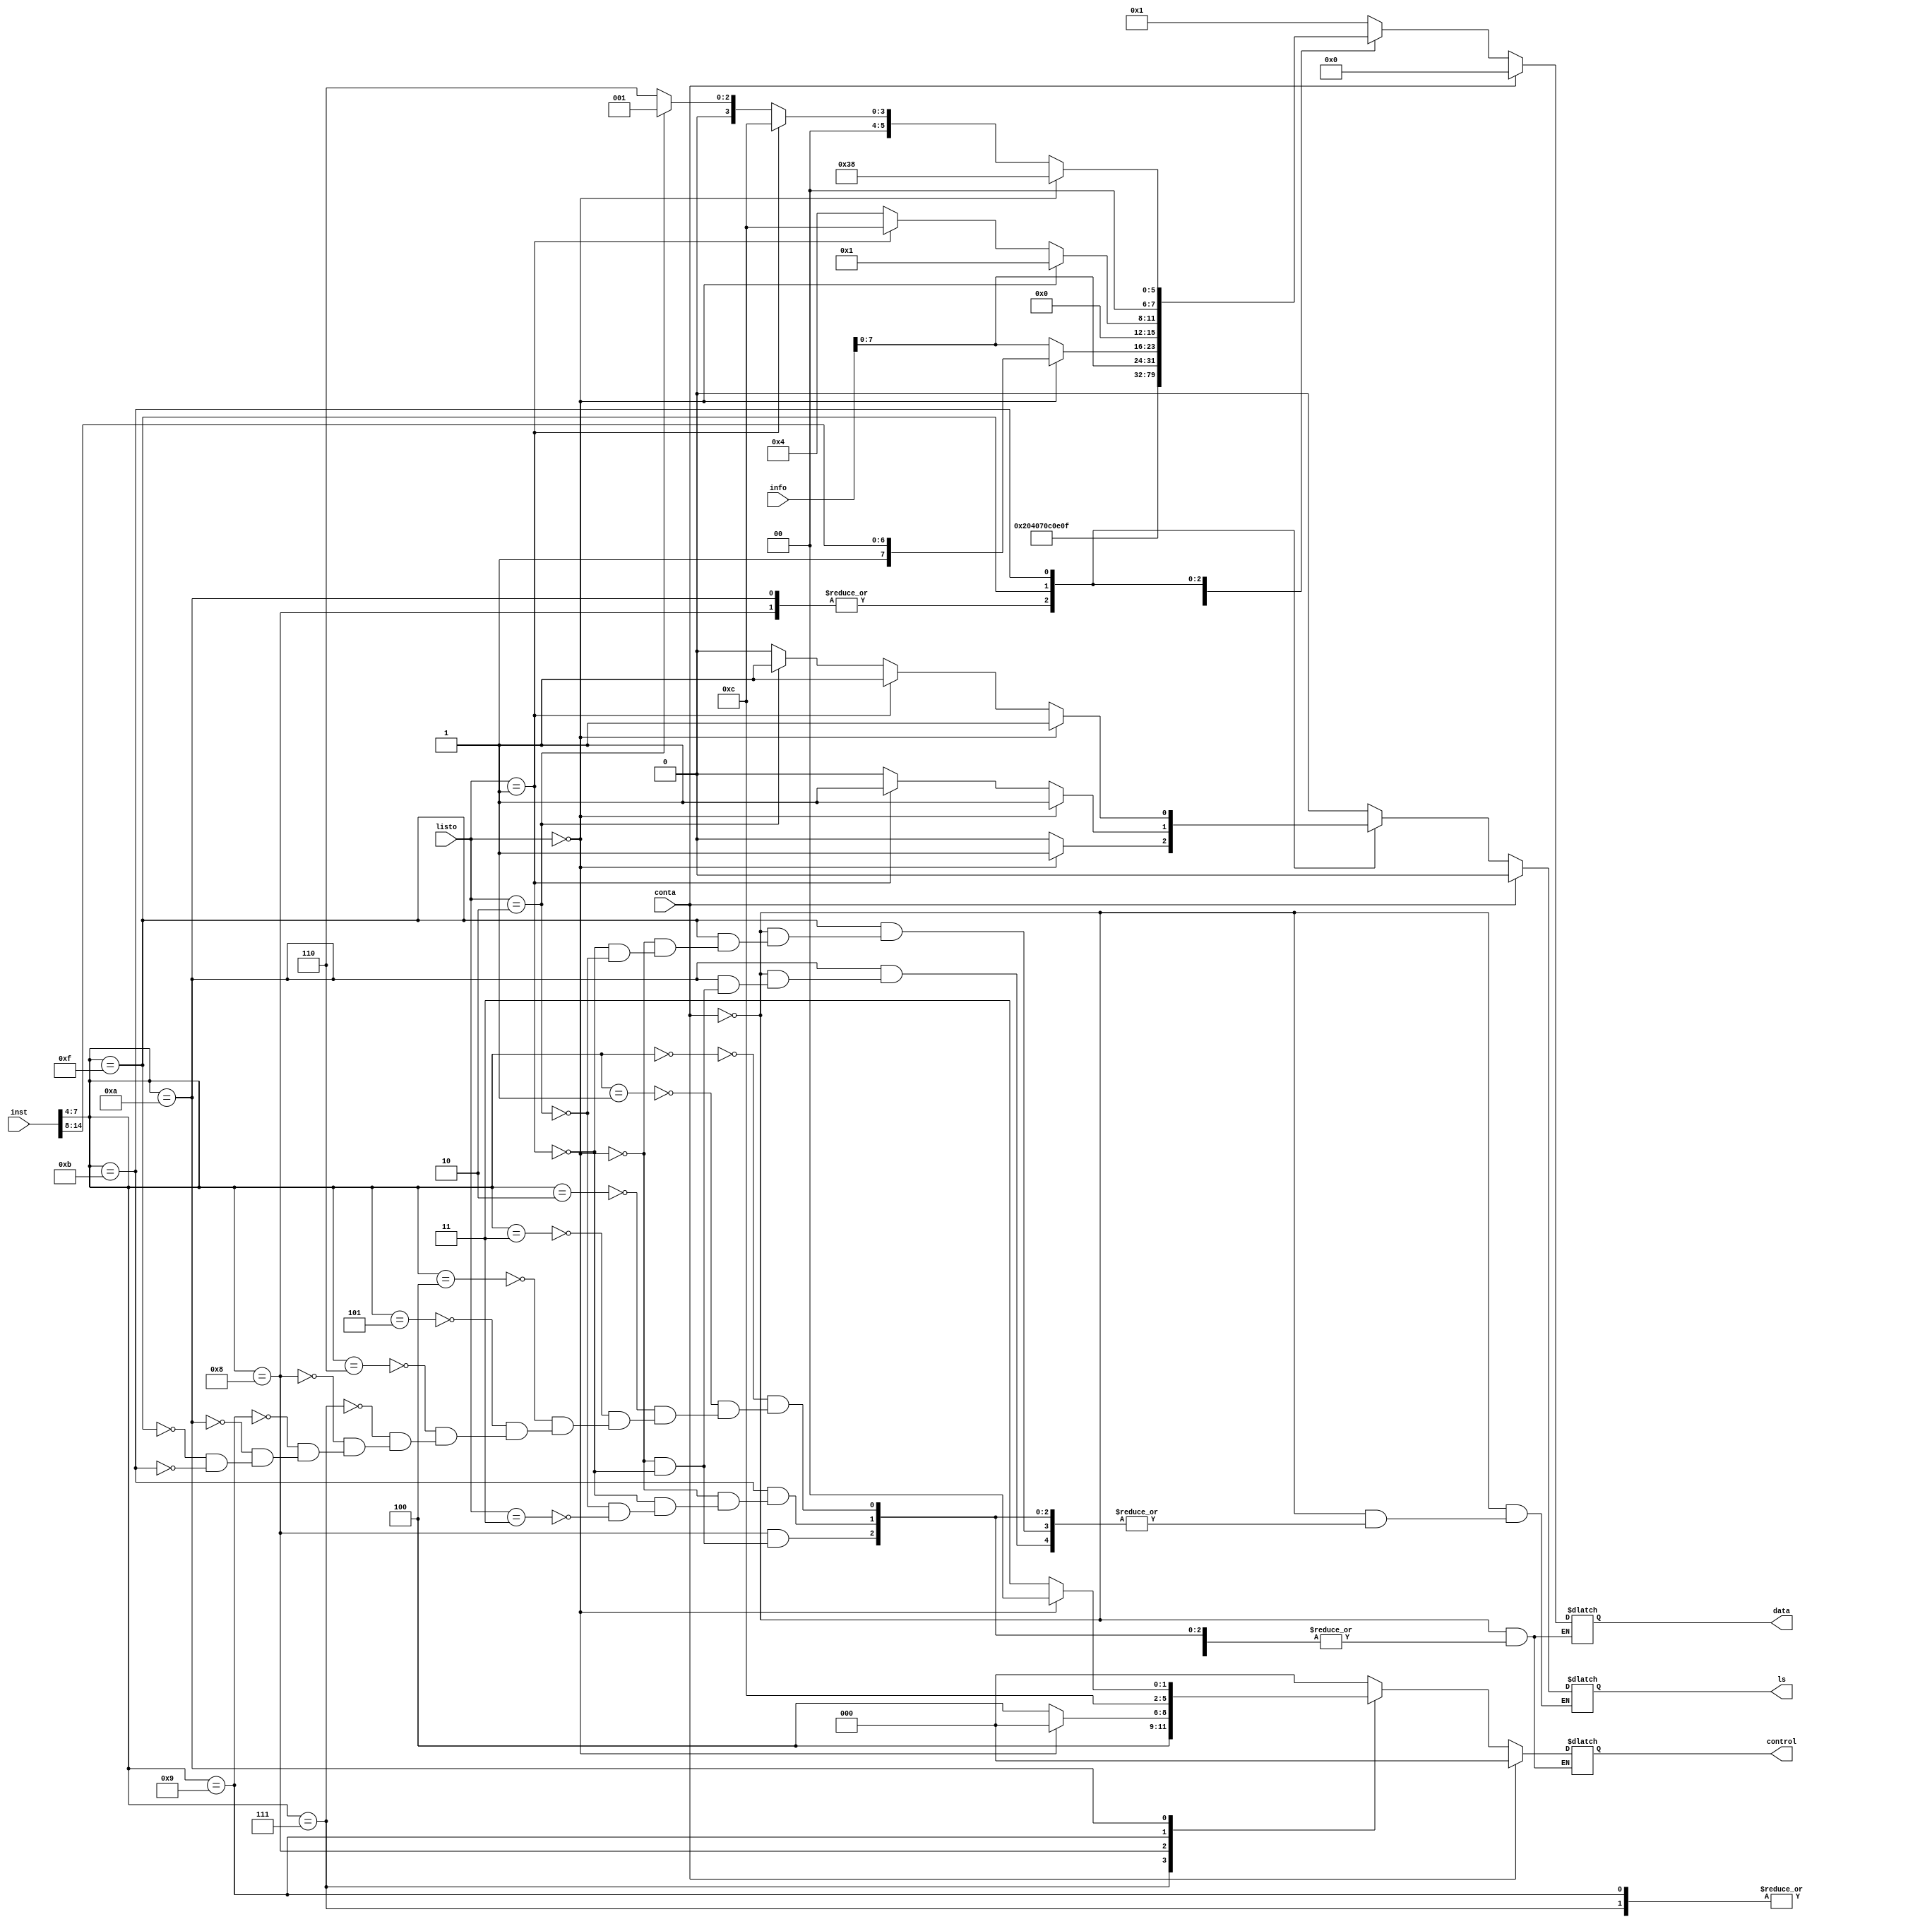
`timescale 1ns / 1ps
//////////////////////////////////////////////////////////////////////////////////
// Company: 
// Engineer: 
// 
// Design Name: 
// Module Name: Traductor
// Project Name: 
// Target Devices: 
// Tool Versions: 
// Description: 
// 
// Dependencies: 
// 
// Revision:
// Revision 0.01 - File Created
// Additional Comments:
// 
//////////////////////////////////////////////////////////////////////////////////


module Traductor(
input [31:0]inst,
input  conta,
input [31:0]info,
output reg [7:0] data,
output reg [2:0]control,
input  [1:0] listo,
output reg ls
    );

reg [7:0] dir;
reg [7:0] display;
initial ls=0;

always @ (conta,inst, info,listo)

if (conta==0) begin 
  dir <= inst[14:8] ;
  dir[7] <= 1'b1 ;
  display <= info[7:0];
  case(inst[7:4])
    
    4'h0:begin
      data<=8'b00000001;
      control<=3'b000;
      ls<=0;//enable baja para ir a display
    end

    4'h1:begin
      data<=8'b00000010;
      control<=3'b000;
      ls<=0;
    end

    4'h2:begin
      data<=8'b00000100;
      control<=3'b000;
      ls<=0;
    end

    4'h3:begin
      data<=8'b00000111;
      control<=3'b000;
      ls<=0;
    end

    4'h4:begin
      data<=8'b00001100;//set display?
      control<=3'b000;
      ls<=0;
    end

    4'h5:begin
      data<=8'b00001110;//set display?
      control<=3'b000;
      ls<=0;
    end

    4'h6: begin
      data<=8'b00001111;//set display?
      control<=3'b000;
      ls<=0;
    end

    4'h7:begin
      data<=display;//necesita recibir el dato
      control<=3'b100;
      ls<=0;
    end

    4'h8: if (listo==0) begin
      data<=dir;
      control<=3'b000;
      ls<=1;
    end
    else if (listo==1) begin
      data<=display;
      control<=3'b100;
      ls<=0;
    end

    4'h9:begin
      data<=display;//necesita recibir el dato
      control<=3'b110;
      ls<=0;
    end

    4'hA: if (listo==0) begin
      data<=dir;
      control<=3'b000;
      ls=1;
    end
    else if (listo==1) begin
      data<=display;
      control<=3'b011; 
      ls<=0;
    end

    4'hF:if (listo==0) begin
      data<=8'b00000001;
      control<=3'b000;
      ls=1;
    end
    else if (listo==1) begin
      data<=8'b00001100;//set display?
      control<=3'b000;
      ls<=1;
    end
    else if (listo==2) begin
      data<=8'b00000100;
      control<=3'b000;
      ls<=0;
    end

    4'hB: if (listo==0) begin
      data<=8'b0011_1000;
      control<=3'b000;
      ls<=1;
    end
    else if (listo==1) begin
      data<=8'b0000_1100;
      control<=3'b000;
      ls<=1;
    end
    else if (listo==2) begin
      data<=8'b0000_0001;
      control<=3'b000;
      ls<=1;
    end
    else if (listo==3) begin
      data<=8'b0000_0110;
      control<=3'b000;
      ls<=0;
    end

  endcase
end
else begin
  dir <= inst[14:8] ;
  dir[7] <= 1'b1 ;
  display <= info[8:0]; 
  data<=8'b00000000;
  control<=3'b000;
  ls<=0;
end
    
  
endmodule